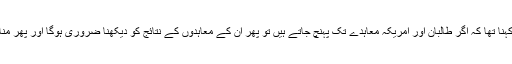
ماریہ زخارووا کا مزید کہنا تھا کہ اگر طالبان اور امریکہ معاہدے تک پہنچ جاتے ہیں تو پھر ان کے معاہدوں کے نتائج کو دیکھنا ضروری ہوگا اور پھر مناسب نتائج اخذ کریں گے۔